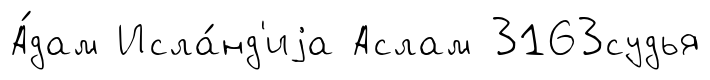
А́дам Исла́нд'иjа Аслам 3163судья